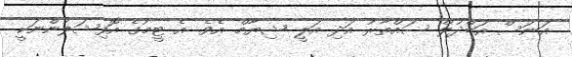
އަނަސް އަބްދުލް ސައްތާރު އަދި އަލީ ޝިޔާމް އެވެ. އެ ޓީމުގެ އޮފިޝަލުންނަކީ